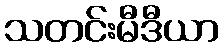
သတင်းမီဒီယာ